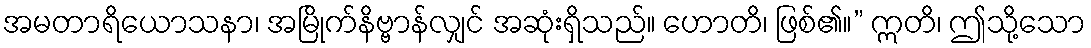
အမတာရိယောသနာ၊ အမြိုက်နိဗ္ဗာန်လျှင် အဆုံးရှိသည်။ ဟောတိ၊ ဖြစ်၏။” ဣတိ၊ ဤသို့သော